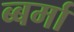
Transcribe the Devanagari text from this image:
ब्बर्मा